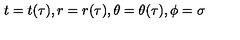
t = t ( \tau ) , r = r ( \tau ) , \theta = \theta ( \tau ) , \phi = \sigma